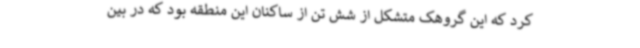
کرد که این گروهک متشکل از شش تن از ساکنان این منطقه بود که در بین